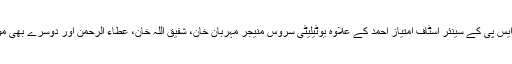
اے کے آرایس پی کے سینئر اسٹاف امتیاز احمد کے علاوہ یوٹیلیٹی سروس منیجر مہربان خان، شفیق اللہ خان، عطاء الرحمن اور دوسرے بھی موجود تھے۔